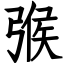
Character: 㢿